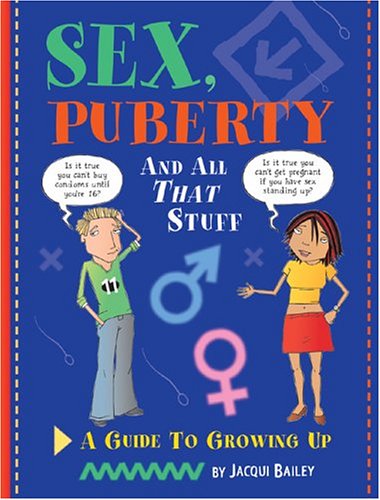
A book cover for Sex, Puberty, and All That Stuff: A Guide to Growing Up; Jacqui Bailey; Children's Books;